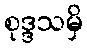
စုဒ္ဒသမှိ